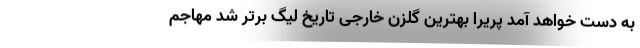
به دست خواهد آمد پریرا بهترین گلزن خارجی تاریخ لیگ برتر شد مهاجم